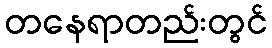
တနေရာတည်းတွင်